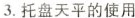
3.托盘天平的使用